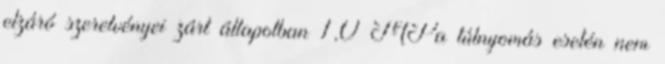
elzáró szerelvényei zárt állapotban 1,0 MPa túlnyomás esetén nem